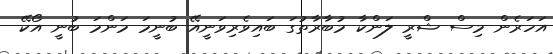
އަހަރެން މިސް ޝްރީ ލަންކާ މުބާރާތުގަ ބައިވެރިވަނީއޭ ބުނީމަ މަންމަ ބުނީ އޯކޭ